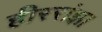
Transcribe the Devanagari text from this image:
हीररांझा